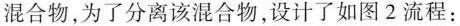
混合物，为了分离该混合物，设计了如图2流程：